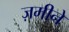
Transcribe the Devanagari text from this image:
ज़मीने